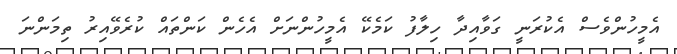
އެމީހުންވެސް އެކުރަނީ ގަވާއިދާ ހިލާފު ކަމެކޭ އެމީހުންނަށް އެހެން ކަންތައް ކުރެވޭއިރު ތިމަންނަ